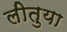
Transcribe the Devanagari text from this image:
लीतुया